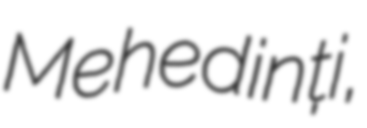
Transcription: Mehedinți,